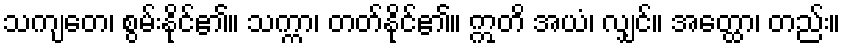
သကျတေ၊ စွမ်းနိုင်၏။ သက္ကာ၊ တတ်နိုင်၏။ ဣတိ အယံ၊ လျှင်။ အတ္ထော၊ တည်း။